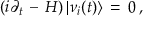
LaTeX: \left( i \partial _ { t } \, - \, H \right) | \nu _ { i } ( t ) \rangle \, = \, 0 \, ,